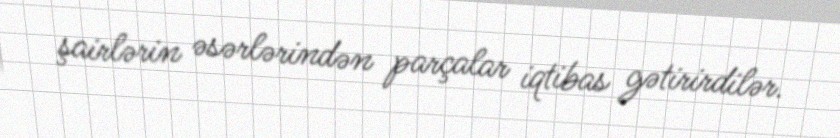
şairlərin əsərlərindən parçalar iqtibas gətirirdilər.